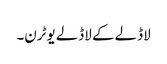
لاڈلے کے لاڈلے یوٹرن۔